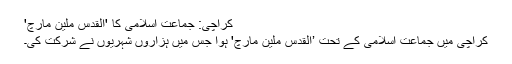
کراچی: جماعت اسلامی کا 'القدس ملین مارچ'
کراچی میں جماعت اسلامی کے تحت ’القدس ملین مارچ' ہوا جس میں ہزاروں شہریوں نے شرکت کی۔